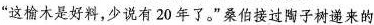
”这愉木是好料，少说有20年了。”桑伯接过陶子树递来的